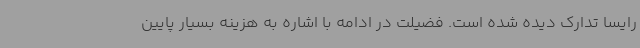
رایسا تدارک دیده شده است. فضیلت در ادامه با اشاره به هزینه بسیار پایین